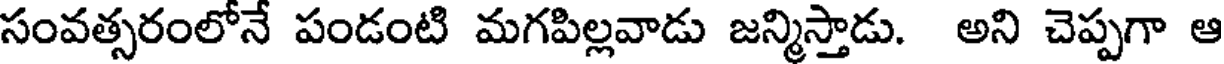
సంవత్సరంలోనే పండంటి మగపిల్లవాడు జన్మిస్తాడు. అని చెప్పగా ఆ